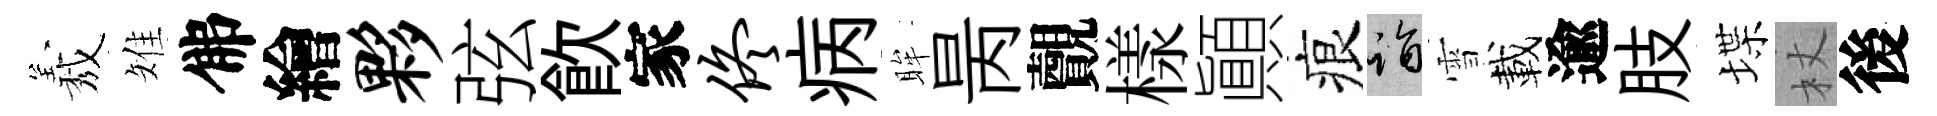
𦏁雉佛繪夥弦飮家佟病眸昺覿樣顚痕诣雪載逾肢堞杖後